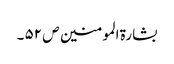
بشارۃ المومنین ص ۵۲ ۔